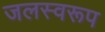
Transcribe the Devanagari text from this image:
जलस्वरूप